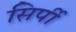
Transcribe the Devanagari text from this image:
सिर्पी